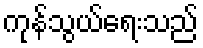
ကုန်သွယ်ရေးသည်